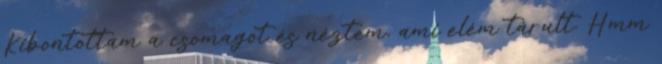
Kibontottam a csomagot és néztem, ami elém tárult. Hmm